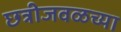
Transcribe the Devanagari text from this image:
छत्रीजवळच्या